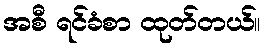
အစီ ရင်ခံစာ ထုတ်တယ်။